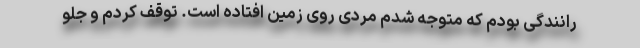
رانندگی بودم که متوجه شدم مردی روی زمین افتاده است. توقف کردم و جلو